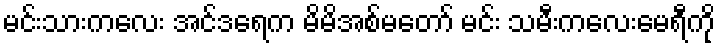
မင်းသားကလေး အင်ဒရေက မိမိအစ်မတော် မင်း သမီးကလေးမေရီကို